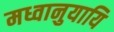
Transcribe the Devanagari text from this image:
मध्वानुयायि